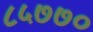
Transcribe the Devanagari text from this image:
८५७७०